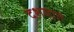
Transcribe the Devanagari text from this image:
दशमात